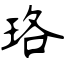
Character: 珞